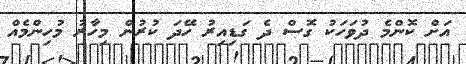
އަށް ކޮންމެ ދުވަހަކު ގޮސް ދެ ގަޑިއިރު ހޭދަ ކުރުން މިހާރު މުހިންމެއް